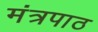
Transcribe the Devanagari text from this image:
मंत्रपाठ